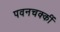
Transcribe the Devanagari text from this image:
पवनचक्कीं